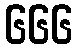
၆၆၆